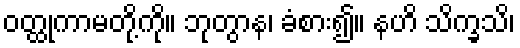
ဝတ္ထုကာမတို့ကို။ ဘုတွာန၊ ခံစား၍။ နဟိ သိက္ခသိ၊